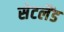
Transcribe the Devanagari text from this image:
सेटलैंड